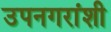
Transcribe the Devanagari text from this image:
उपनगरांशी